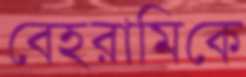
বেহরামিকে